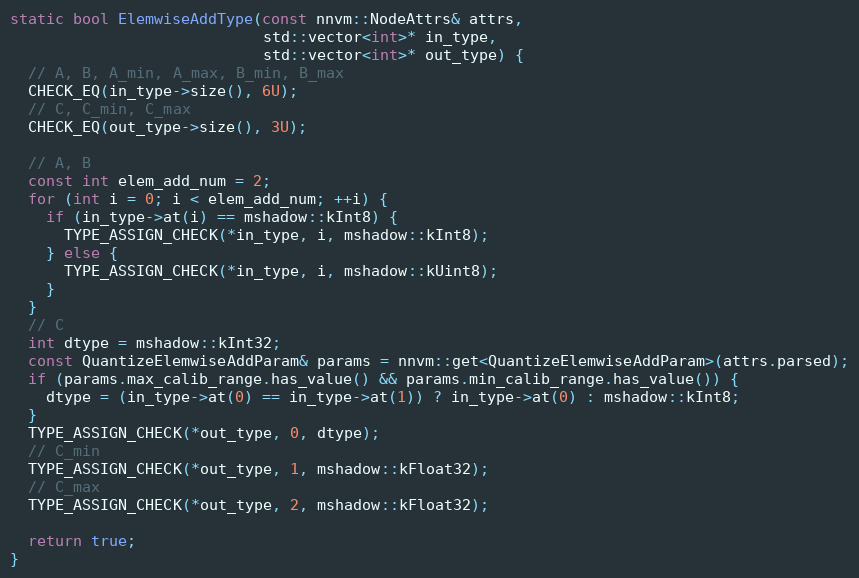
Language: C++
static bool ElemwiseAddType(const nnvm::NodeAttrs& attrs,
                            std::vector<int>* in_type,
                            std::vector<int>* out_type) {
  // A, B, A_min, A_max, B_min, B_max
  CHECK_EQ(in_type->size(), 6U);
  // C, C_min, C_max
  CHECK_EQ(out_type->size(), 3U);

  // A, B
  const int elem_add_num = 2;
  for (int i = 0; i < elem_add_num; ++i) {
    if (in_type->at(i) == mshadow::kInt8) {
      TYPE_ASSIGN_CHECK(*in_type, i, mshadow::kInt8);
    } else {
      TYPE_ASSIGN_CHECK(*in_type, i, mshadow::kUint8);
    }
  }
  // C
  int dtype = mshadow::kInt32;
  const QuantizeElemwiseAddParam& params = nnvm::get<QuantizeElemwiseAddParam>(attrs.parsed);
  if (params.max_calib_range.has_value() && params.min_calib_range.has_value()) {
    dtype = (in_type->at(0) == in_type->at(1)) ? in_type->at(0) : mshadow::kInt8;
  }
  TYPE_ASSIGN_CHECK(*out_type, 0, dtype);
  // C_min
  TYPE_ASSIGN_CHECK(*out_type, 1, mshadow::kFloat32);
  // C_max
  TYPE_ASSIGN_CHECK(*out_type, 2, mshadow::kFloat32);

  return true;
}